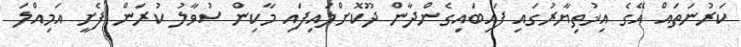
ކަރުނަތައް އޭގެ އިޚުތިޔާރުގައި ފައިބައިގެންދާން ދޫކޮށްލައިފައި މާކިން ސުވާލު ކުރަން ފެށީ އަމިއްލަ